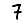
Digit: 7